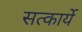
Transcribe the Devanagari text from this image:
सत्कार्ये